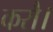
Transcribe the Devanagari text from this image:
करौ।